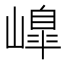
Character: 𡼗